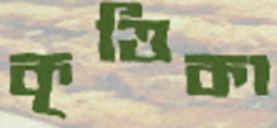
কৃত্তিকা